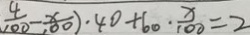
\frac { 4 } { 1 0 0 } - \frac { x } { 1 0 0 } ) \cdot 4 0 + 6 0 \cdot \frac { x } { 1 0 0 } = 2